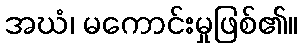
အဃံ၊ မကောင်းမှုဖြစ်၏။